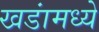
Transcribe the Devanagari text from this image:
खडांमध्ये